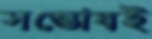
সন্তোষই